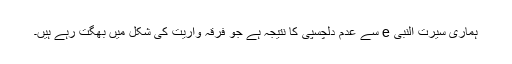
ہماری سیرت النبی e سے عدم دلچسپی کا نتیجہ ہے جو فرقہ واریت کی شکل میں بھگت رہے ہیں۔